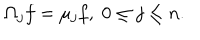
LaTeX: \Omega _ { j } f = \mu _ { j } f , \; 0 \leq j \leq n .